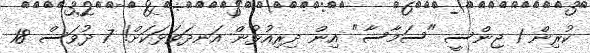
ކުރިން 1 ޖިންސީ "ސަމާސާ" އިން ދިރިއުޅުން އަނދަވަޅަކަށް! 7 ދުވަސް 18